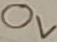
Text: 0V